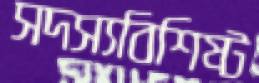
সদস্যবিশিষ্ট